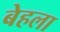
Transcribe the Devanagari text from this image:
बेहला